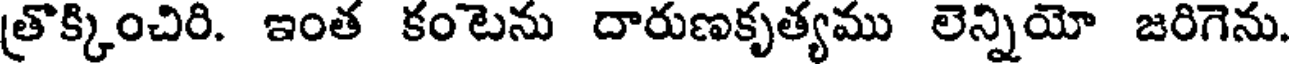
(తొక్కించిరి. ఇంత కంటను దారుణకృత్యము లెన్నియో జరిగెను.